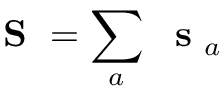
\mathrm { ~ \bf ~ S ~ } = \sum _ { a } \mathrm { ~ \bf ~ s ~ } _ { a }